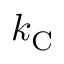
k _ { \mathrm { { C } } }